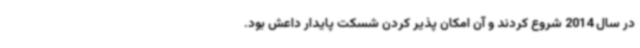
در سال 2014 شروع کردند و آن امکان پذیر کردن شسکت پایدار داعش بود.